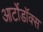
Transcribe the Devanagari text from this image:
आर्टोडॉक्स